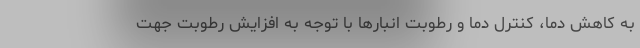
به کاهش دما، کنترل دما و رطوبت انبارها با توجه به افزایش رطوبت جهت